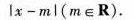
l x - m l ( m ε R )$$。